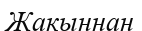
Жакыннан